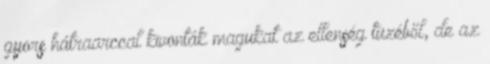
gyors hátraarccal kivonták magukat az ellenség tüzéből, de az